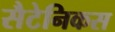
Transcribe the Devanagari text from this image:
सैटेनिकस